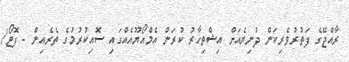
ރާއްޖޭގެ ފަތުރުވެރިކަން ދުނިޔެއަށް އިޝްތިހާރު ކުރަން އެމްއޯޔޫއެއްގައި ސޮއިކުރުުމުގެ ތެރެއިން - ފޮޓޯ/